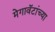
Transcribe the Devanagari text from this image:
मेगावॅटांच्या